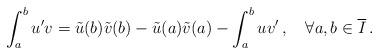
LaTeX: \begin{align*}\int_a^bu'v=\tilde{u}(b)\tilde{v}(b)-\tilde{u}(a)\tilde{v}(a)-\int_a^b u v'\,,\quad\forall a,b\in\overline{I}\,.\end{align*}